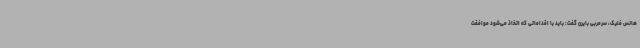
هانس فلیک، سرمربی بایرن گفت: باید با اقداماتی که اتخاذ می‌شود موافقت